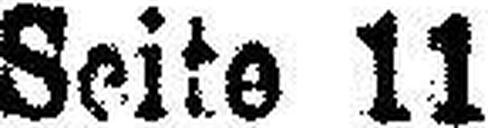
Seite 11